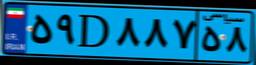
۹۲D۰۱۷۹۱